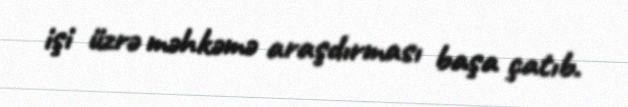
işi üzrə məhkəmə araşdırması başa çatıb.